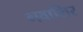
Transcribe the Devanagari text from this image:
गवाशिर